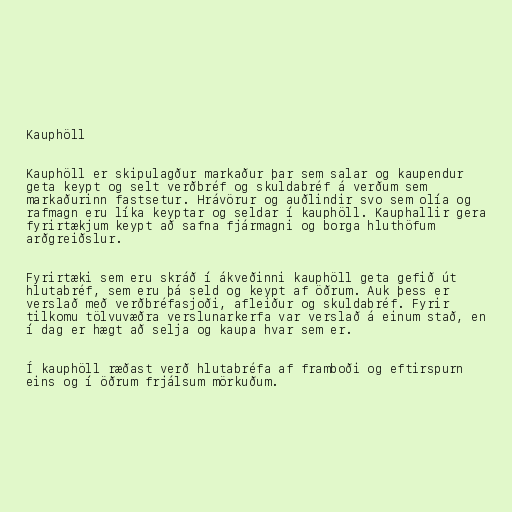
Kauphöll

Kauphöll er skipulagður markaður þar sem salar og kaupendur
geta keypt og selt verðbréf og skuldabréf á verðum sem
markaðurinn fastsetur. Hrávörur og auðlindir svo sem olía og
rafmagn eru líka keyptar og seldar í kauphöll. Kauphallir gera
fyrirtækjum keypt að safna fjármagni og borga hluthöfum
arðgreiðslur.

Fyrirtæki sem eru skráð í ákveðinni kauphöll geta gefið út
hlutabréf, sem eru þá seld og keypt af öðrum. Auk þess er
verslað með verðbréfasjoði, afleiður og skuldabréf. Fyrir
tilkomu tölvuvæðra verslunarkerfa var verslað á einum stað, en
í dag er hægt að selja og kaupa hvar sem er.

Í kauphöll ræðast verð hlutabréfa af framboði og eftirspurn
eins og í öðrum frjálsum mörkuðum.